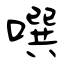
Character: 噀